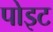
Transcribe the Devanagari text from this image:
पोइट